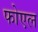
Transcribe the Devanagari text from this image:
फोएल